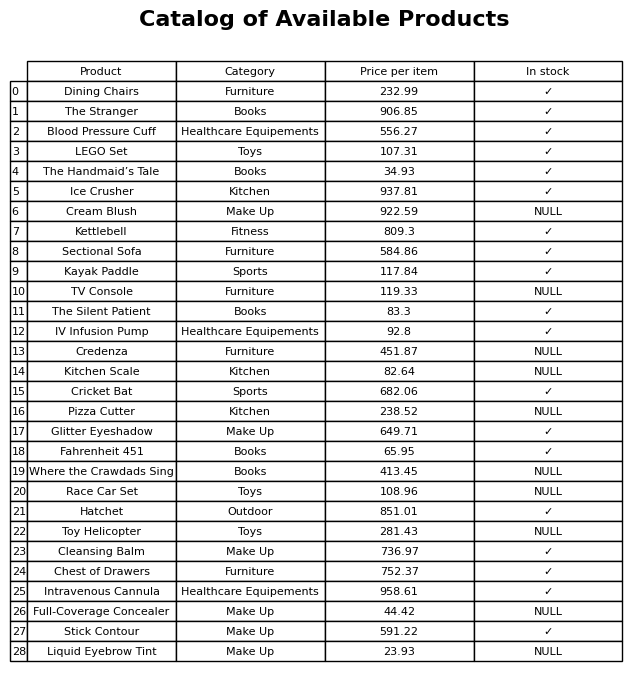
question: Which products are currently out of stock?
answer: Cream Blush, TV Console, Credenza, Kitchen Scale, Pizza Cutter, Where the Crawdads Sing, Race Car Set, Toy Helicopter, Full-Coverage Concealer, Liquid Eyebrow Tint